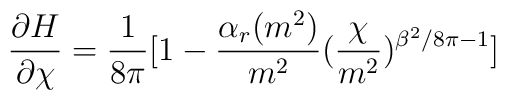
\frac{\partial H}{\partial \chi} = \frac{1}{8 \pi} [1-\frac{\alpha_r(m^2)}{m^2}(\frac{\chi}{m^2})^{\beta^2/8 \pi -1}]